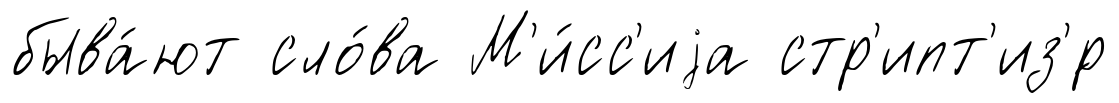
быва́ют сло́ва М'и́сс'иjа стр'ипт'из'́р